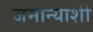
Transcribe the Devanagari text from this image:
जमान्याशी